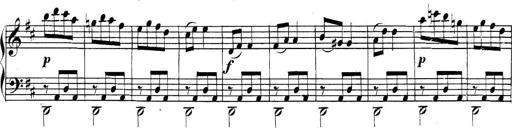
Title: Collected Piano Sonatas
Composer: Muzio Clementi